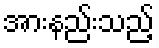
အားနည်းသည့်